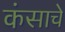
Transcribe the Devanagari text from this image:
कंसाचे